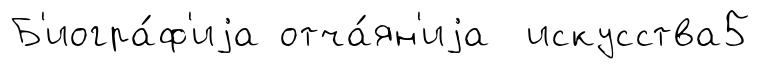
Б'иогра́ф'иjа отча́ян'иjа искусства5